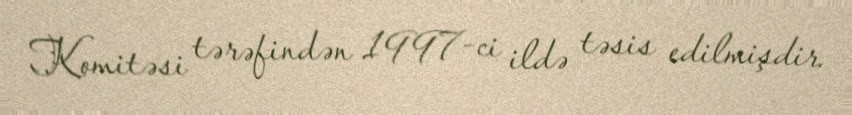
Komitəsi tərəfindən 1997-ci ildə təsis edilmişdir.